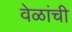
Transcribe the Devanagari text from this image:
वेळांची